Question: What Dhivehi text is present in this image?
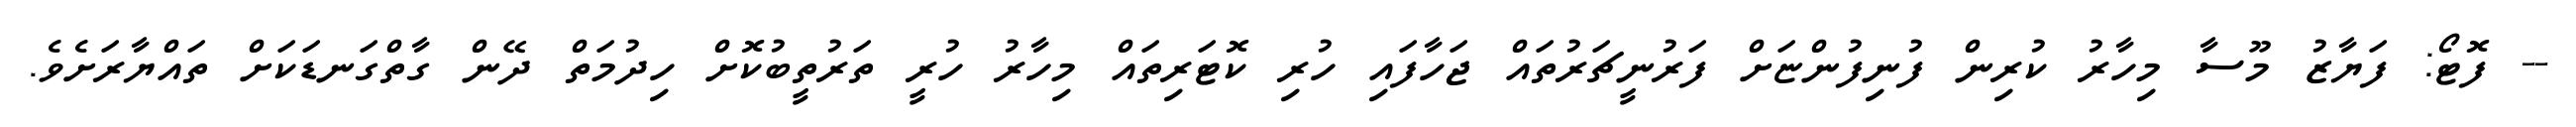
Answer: -- ފޮޓޯ: ފަޔާޒު މޫސާ މިހާރު ކުރިން ފުނިފުންޏަށް ފަރުނީޗަރުތައް ޖަހާފައި ހުރި ކޮޓަރިތައް މިހާރު ހުރީ ތަރުތީބުކޮށް ހިދުމަތް ދޭން ގާތްގަނޑަކަށް ތައްޔާރަށެވެ.